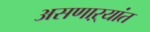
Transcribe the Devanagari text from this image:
असणाऱ्यांत